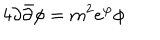
4 \partial \bar { \partial } \phi = m ^ { 2 } e ^ { \varphi } \phi